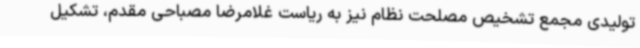
تولیدی مجمع تشخیص مصلحت نظام نیز به ریاست غلامرضا مصباحی مقدم، تشکیل